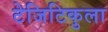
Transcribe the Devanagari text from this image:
टेजिटिकुला